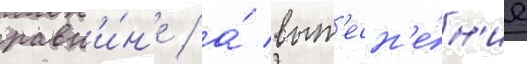
равн'и́н'е / а́ выт'есн'е́н'ие